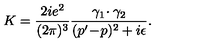
K = { \frac { 2 i e ^ { 2 } } { ( 2 \pi ) ^ { 3 } } } { \frac { \gamma _ { 1 } \! \cdot \gamma _ { 2 } } { ( p ^ { \prime } \! - \! p ) ^ { 2 } + i \epsilon } } .